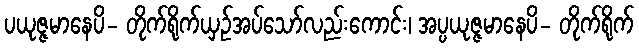
ပယုဇ္ဇမာနေပိ- တိုက်ရိုက်ယှဉ်အပ်သော်လည်းကောင်း၊ အပ္ပယုဇ္ဇမာနေပိ- တိုက်ရိုက်